Physiological action of certain drugs in tablet form - Number 52A
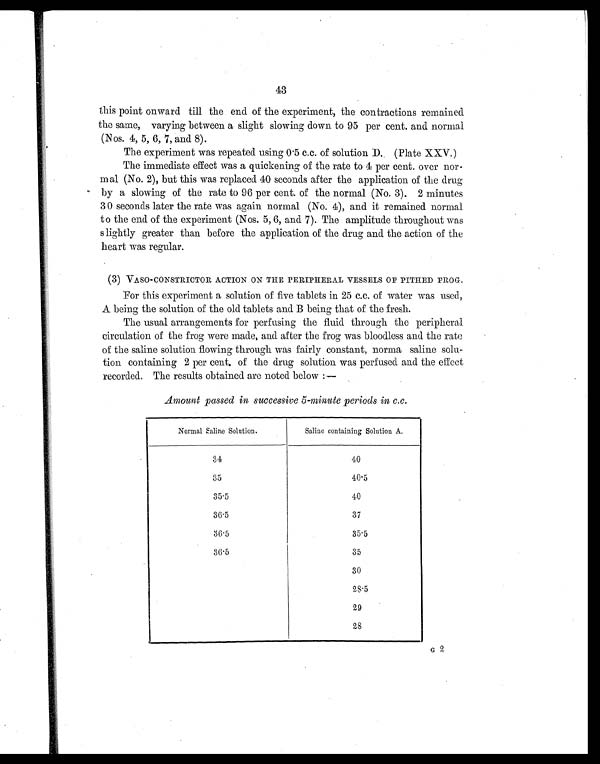
43
this point onward till the end of the experiment, the contractions remained
the same, varying between a slight slowing down to 95 per cent. and normal
(Nos. 4, 5, 6, 7, and 8).
The experiment was repeated using 0.5 c.c. of solution D. (Plate XXV.)
The immediate effect was a quickening of the rate to 4 per cent. over nor-
mal (No. 2), but this was replaced 40 seconds after the application of the drug
by a slowing of the rate to 96 per cent. of the normal (No. 3). 2 minutes
30 seconds later the rate was again normal (No. 4), and it remained normal
to the end of the experiment (Nos. 5, 6, and 7). The amplitude throughout was
slightly greater than before the application of the drug and the action of the
heart was regular.
(3) VASO-CONSTRICTOR ACTION ON THE PERIPHERAL VESSELS OF PITHED FROG.
For this experiment a solution of five tablets in 25 c.c. of water was used,
A being the solution of the old tablets and B being that of the fresh.
The usual arrangements for perfusing the fluid through the peripheral
circulation of the frog were made, and after the frog was bloodless and the rate
of the saline solution flowing through was fairly constant, norma saline solu-
tion containing 2 per cent, of the drug solution was perfused and the effect
recorded. The results obtained are noted below:—
Amount passed in successive 5-minute periods in c.c.
Normal Saline Solution.
Saline containing Solution A.
34
40
35
40.5
35.5
40
36.5
37
36.5
35.5
36.5
35
30
28.5
29
28
G2